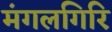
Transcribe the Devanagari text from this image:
मंगलगिरि